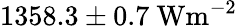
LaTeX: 1358.3\pm 0.7\ \mathrm{Wm^{-2}}